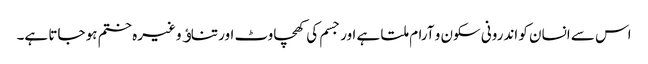
اس سے انسان کو اندرونی سکون و آرام ملتا ہے اور جسم کی کھچاوٹ اور تناﺅ وغیرہ ختم ہو جاتا ہے۔